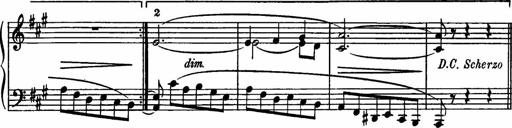
Title: Sonatilla
Composer: Mortimer Wilson
Key: C major